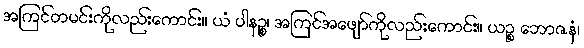
အကြင်တမင်းကိုလည်းကောင်း။ ယံ ပါနဉ္စ၊ အကြင်အဖျော်ကိုလည်းကောင်း။ ယဉ္စ ဘောဇနံ၊